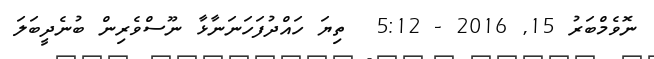
ނޮވެމްބަރު 15